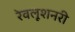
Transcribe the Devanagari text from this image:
रेवलूशनरी